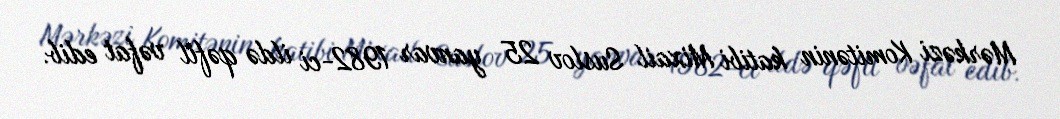
Mərkəzi Komitənin katibi Mixail Suslov 25 yanvar 1982-ci ildə qəfil vəfat edib.